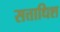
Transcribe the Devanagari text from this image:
सत्ताधिश